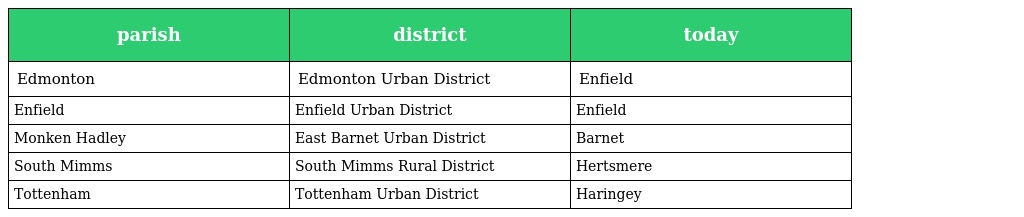
| parish | district | today |
 | --- | --- | --- |
 | Edmonton | Edmonton Urban District | Enfield |
 | Enfield | Enfield Urban District | Enfield |
 | Monken Hadley | East Barnet Urban District | Barnet |
 | South Mimms | South Mimms Rural District | Hertsmere |
 | Tottenham | Tottenham Urban District | Haringey |